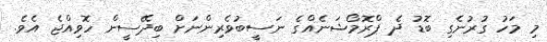
މި މަހު ގުރުނެގި ބޮޑު ދެ ޕްރޮމޯޝަނެއްގެ ނަސީބުވެރިންނަށް ބިދޭސީން ހޮވިއްޖެ އެވެ.